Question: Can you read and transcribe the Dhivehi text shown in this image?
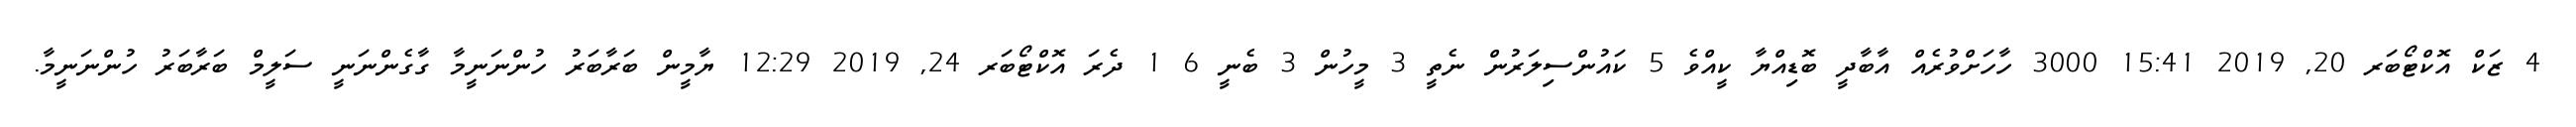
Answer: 4 ޒަކް އޮކްޓޯބަރ 20, 2019 15:41 3000 ހާހަށްވުރެއް އާބާދީ ބޮޑިއްޔާ ކީއްވެ 5 ކައުންސިލަރުން ނެތީ 3 މީހުން 3 ބެނީ 6 1 ދެރަ އޮކްޓޯބަރ 24, 2019 12:29 ޔާމީން ބަރާބަރު ހުންނަނީމާ ގާގެންނަނީ ސަލީމް ބަރާބަރު ހުންނަނީމާ.